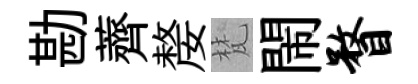
勘薺嫠梵閙瞀